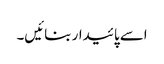
اسے پائیدار بنائیں۔